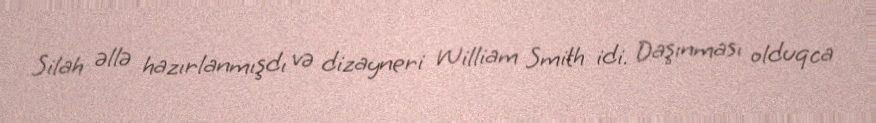
Silah əllə hazırlanmışdı və dizayneri William Smith idi. Daşınması olduqca